Sanitation, dispensaries and jails vaccination Rajputana 1922-1927 - 1922-1927
Year: 1922
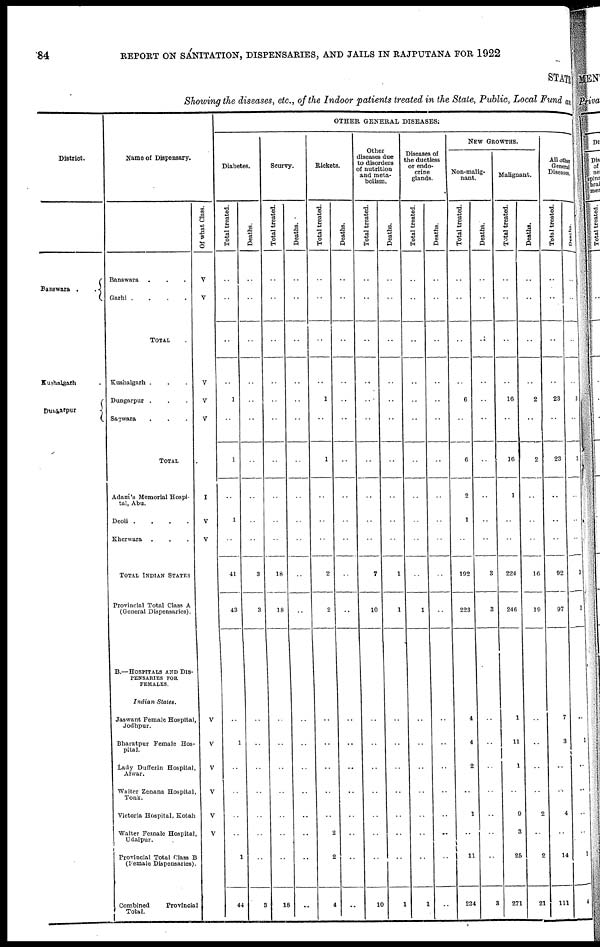
84
REPORT ON SANITATION, DISPENSARIES, AND JAILS IN RAJPUTANA FOR 1922
STATE
Showing the diseases, etc., of the Indoor patients treated in the State, Public, Local Fund and
District.
Banswara ..
Kushalgarh .
Dungarpur
Name of Dispensary.
Banswara ...
Garhi
....
TOTAL .
Kushalgarh ...
Dungarpur ...
Sagwara ...
TOTAL .
Adam's Memorial Hospi-
tal, Abu.
Deoli
....
Kherwara ...
TOTAL INDIAN STATES
Provincial Total Class A
(General Dispensaries).
B.—HOSPITALS AND DIS-
--------- FOR
FEMALES.
Indian
States.
Jaswant Female Hospital,
Jodhpur.
Bharatpur Female Hos-
pital.
Lady Dufferin Hospital,
Alwar.
Walter Zenana Hospital,
Tonk.
Victoria Hospital, Kotah
Walter Female Hospital,
Udaipur.
Provincial Total Class B
(female Dispensaries).
Combined
Provincial
Total.
Of what Class.
V
V
V
V
V
I
V
V
V
V
V
V
V
V
OTHER GENERAL DISEASES.
Diabetes.
Total treated.
..
..
..
..
1
..
1
..
1
..
41
43
..
1
..
..
..
..
1
44
Deaths.
..
..
..
..
..
..
..
..
..
..
3
3
..
..
..
..
..
..
..
3
Scurvy.
Total treated.
..
..
..
..
..
..
..
..
..
..
18
18
..
..
..
..
..
..
..
18
Deaths.
..
..
..
..
..
..
..
..
..
..
..
..
..
..
..
..
..
..
..
..
Rickets.
Total treated.
..
..
..
..
1
..
1
..
..
..
2
2
..
..
..
..
..
2
2
4
Deaths.
..
..
..
..
..
..
..
..
..
..
..
..
..
..
..
..
..
..
..
...
Other
diseases due
to disorders
of nutrition
and meta-
bolism.
Total treated.
..
..
..
..
..
..
..
..
..
..
7
10
..
..
..
..
..
..
..
10
Deaths.
..
..
..
..
..
..
..
..
..
..
1
1
..
..
..
..
..
..
..
1
Diseases of
the ductless
or endo-
crine
glands.
Total treated.
..
..
..
..
..
..
..
..
..
..
..
1
..
..
..
..
..
..
..
1
Deaths.
..
..
..
..
..
..
..
..
..
..
..
..
..
..
..
..
..
..
..
..
NEW GROWTHS.
Non-malig-
nant.
Total treated.
..
..
..
..
6
..
6
2
1
..
192
223
4
4
2
..
1
..
11
234
Deaths.
..
..
..
..
..
..
..
..
..
..
3
3
..
..
..
..
..
..
..
3
Malignant.
Total treated.
..
..
..
..
16
..
16
1
..
..
224
246
1
11
1
..
9
3
25
271
Deaths.
..
..
..
..
2
..
2
..
..
..
16
19
..
..
..
..
2
..
2
21
All other
General
Diseases.
Total treated.
..
..
..
..
23
..
23
..
..
..
92
97
7
3
..
..
4
..
14
111
Deaths.
..
..
..
..
3
..
3
..
..
..
3
3
..
1
..
..
..
..
1
4